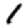
Digit: 1